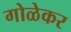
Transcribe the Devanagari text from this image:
गोळेकर